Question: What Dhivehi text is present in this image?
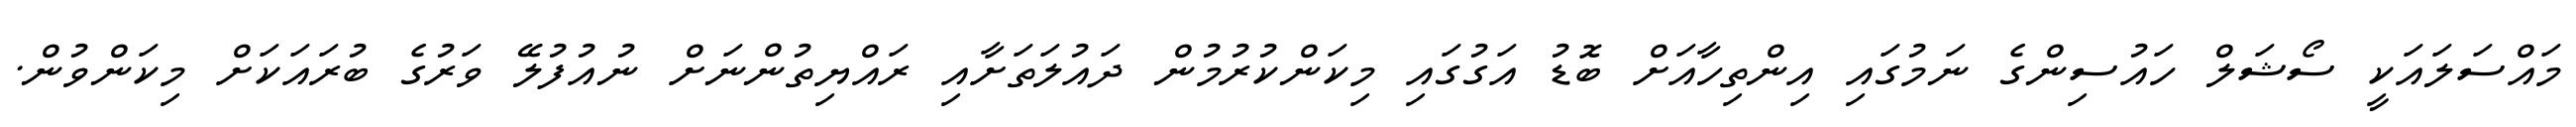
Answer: މައްސަލައަކީ ސޯޝަލް ހައުސިންގެ ނަމުގައި އިންތިހާއަށް ބޮޑު އަގުގައި މިކަންކުރުމުން ދައުލަތަށާއި ރައްޔިތުންނަށް ނުއުފުލޭ ވަރުގެ ބުރައަކަށް މިކަންވުން.